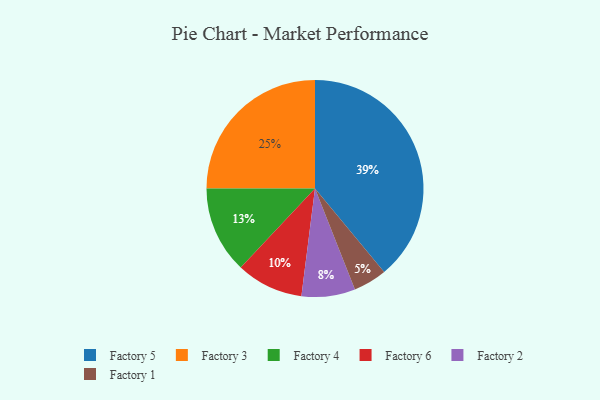
{"axis": {"x": "Category", "y": "Percentage"}, "legend": ["Factory 1", "Factory 2", "Factory 3", "Factory 4", "Factory 5", "Factory 6"], "data": [{"x": "Factory 4", "y": 13, "type": "Factory 4"}, {"x": "Factory 6", "y": 10, "type": "Factory 6"}, {"x": "Factory 1", "y": 5, "type": "Factory 1"}, {"x": "Factory 5", "y": 39, "type": "Factory 5"}, {"x": "Factory 3", "y": 25, "type": "Factory 3"}, {"x": "Factory 2", "y": 8, "type": "Factory 2"}]}